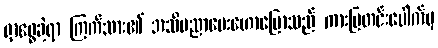
ရှာဖွေခဲ့ရာ ကြက်သား၏ အသိပညာပေးဟောပြောသည် ကားပြတင်းပေါက်မှ